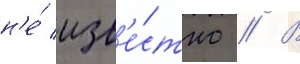
н'е́ изв'е́стно // В